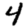
Digit: 4